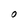
Character: O